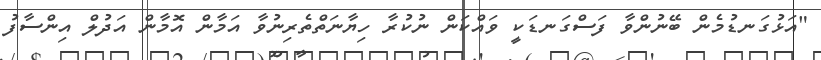
"އަޅުގަނޑުމެން ބޭނުންވާ ފަސްގަނޑަކީ ވައްކަން ނުކުރާ ހިޔާނަތްތެރިނުވާ އަމާން އޮމާން އަދުލް އިންސާފު